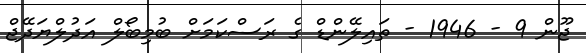
ޖޫން 9 - 1946 - ތައިލޭންޑް ގެ ރަސްކަމަށް ބުމިބޯލް އަދުލްޔަދޭޖް